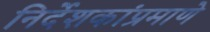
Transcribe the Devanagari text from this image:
निर्देशकांप्रमाणे